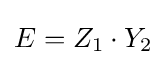
E=Z_{1}\cdot Y_{2}